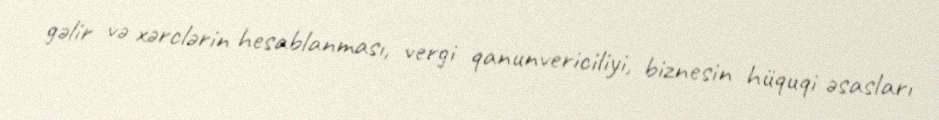
gəlir və xərclərin hesablanması, vergi qanunvericiliyi, biznesin hüquqi əsasları